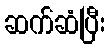
ဆက်ဆံပြီး